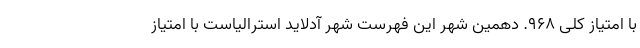
با امتیاز کلی ۹۶۸. دهمین شهر این فهرست شهر آدلاید استرالیاست با امتیاز